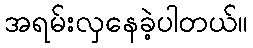
အရမ်းလှနေခဲ့ပါတယ်။